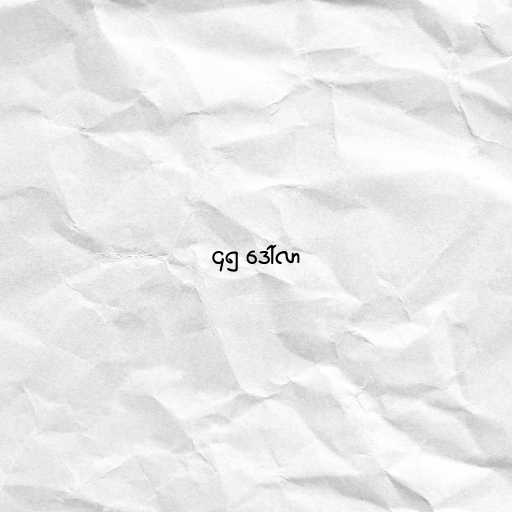
၄၅ ဒေါ်လာ